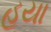
હયા